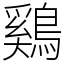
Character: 鷄